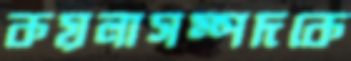
কয়লাসম্পদকে